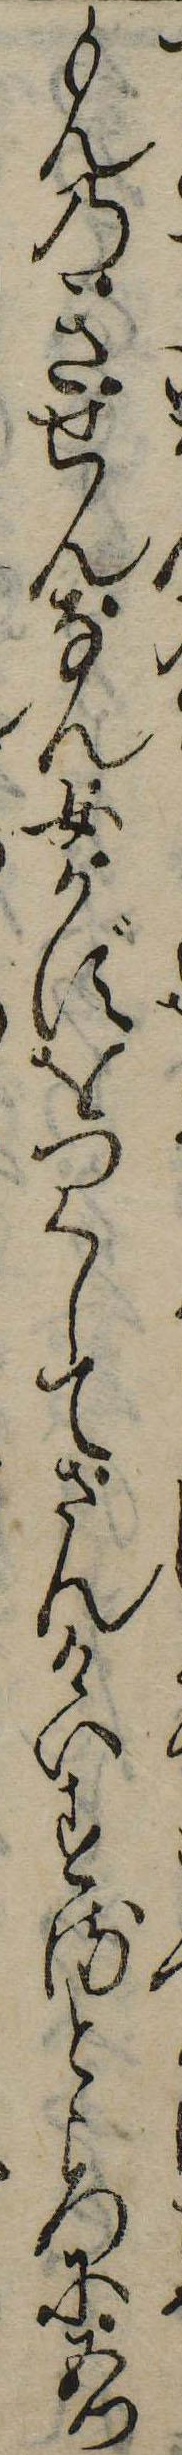
もんのきせんなん女かずをつくしてさんけいするところに五つ